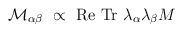
LaTeX: \begin{align*}{\cal M}_{\alpha\beta}\ \propto\ {\rm Re\ Tr}\ \lambda_\alpha\lambda_\beta M\end{align*}